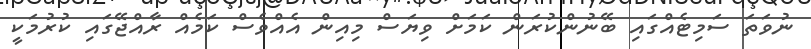
ނުވަތަ ސަމިޓެއްގައި ބޭނުންކުރަން ކަމަށް ވިޔަސް މިއިން އެއްވެސް ކަމެއް ރާއްޖޭގައި ކުރުމަކީ